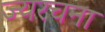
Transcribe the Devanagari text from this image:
ज्यरचना